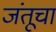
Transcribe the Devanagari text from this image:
जंतूचा